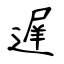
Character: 遅